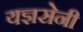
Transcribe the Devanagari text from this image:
यज्ञसेनी